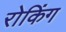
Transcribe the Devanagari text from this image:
रोकिंग